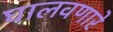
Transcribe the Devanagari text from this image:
घालवणारे